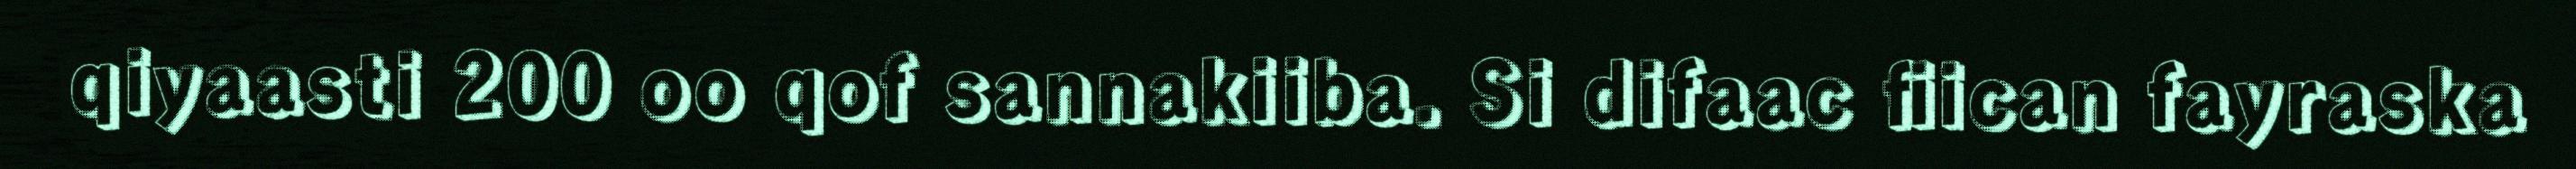
qiyaasti 200 oo qof sannakiiba. Si difaac fiican fayraska